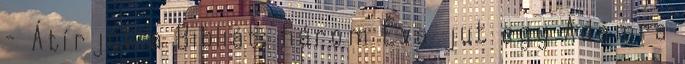
- Átírjuk a Bibliát: három Éva jut egy Ádámra